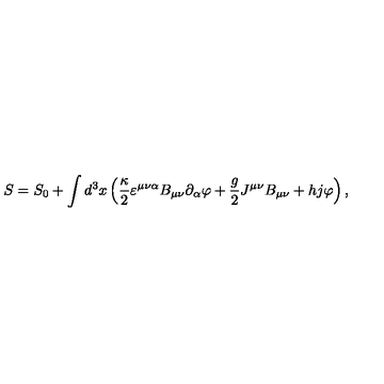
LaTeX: S = S _ { 0 } + \int d ^ { 3 } x \left( \frac \kappa 2 \varepsilon ^ { \mu \nu \alpha } B _ { \mu \nu } \partial _ { \alpha } \varphi + \frac g 2 J ^ { \mu \nu } B _ { \mu \nu } + h j \varphi \right) ,